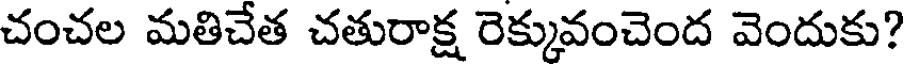
చంచల మతిచేత చతురాక్ష రెక్కువంచెంద వెందుకు?